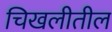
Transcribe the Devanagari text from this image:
चिखलीतील